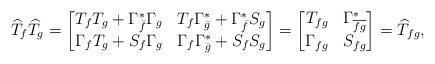
LaTeX: \begin{gather*}\widehat{T}_{f}\widehat{T}_{g}=\begin{bmatrix}T_{f}T_{g}+{\Gamma^{*}_{\bar{f}}}{\Gamma_{g}} & T_{f}{\Gamma^{*}_{\bar{g}}}+{\Gamma^{*}_{\bar{f}}}{S_{g}}\\\Gamma_{f}T_{g}+S_{f}{\Gamma_{g}} & \Gamma_{f}{\Gamma^{*}_{\bar{g}}}+S_{f}S_{g}\end{bmatrix}=\begin{bmatrix} T_{fg} & {\Gamma^{*}_{\overline{fg}}}\\ \Gamma_{fg} & S_{fg}\end{bmatrix}=\widehat{T}_{fg},\end{gather*}